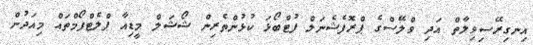
އިނގިރޭސިވިލާތް އަދި ވްލޭސްގެ ޕްރޮފެޝެނަލް ފުޓްބޯޅަ ކުޅުންތެރިން ޝޯޝަލް މީޑިއާ ޕްލެޓްފޯމްތައް މިއަދުން